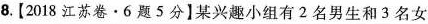
8.[2018江苏卷·6题5分】某兴趣小组有2名男生和3名女